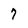
Character: 7